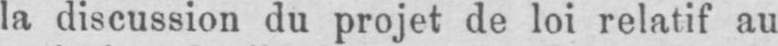
la discussion du projet de loi relatif au